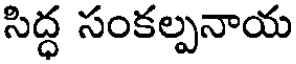
సిద్ధ సంకల్పనాయ